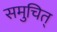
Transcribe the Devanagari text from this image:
समुचित्‌